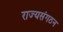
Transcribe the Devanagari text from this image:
राज्यसंगठन